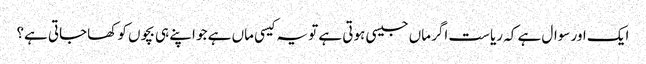
ایک اور سوال ہے کہ ریاست اگر ماں جیسی ہوتی ہے تو یہ کیسی ماں ہے جو اپنے ہی بچوں کو کھاجاتی ہے؟